Civil Veterinary Department. Central Provinces & Berar 1925-31 - 1925-1931
Year: 1925
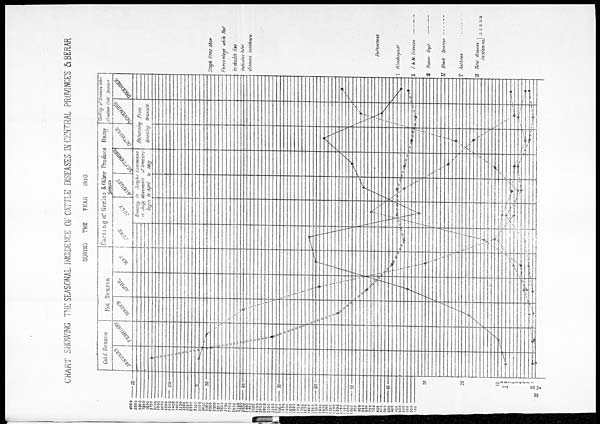
CHART SHOWING THE SEASONAL INCIDENCE OF CATTLE DISEASES IN CENTRAL PROVINCES & BERAR